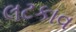
લટકાવ